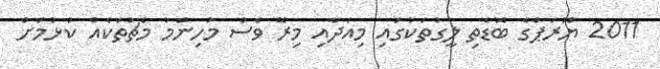
2011 ޔޫރަޕްގެ ބޮޑެތި ލީގުތަކުގައި މިއަދާއި މިރޭ ވެސް މުހިންމު މެޗުތަކެއް ކުޅުމަށް